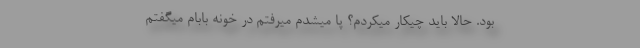
بود. حالا باید چیکار میکردم؟ پا میشدم میرفتم در خونه بابام میگفتم